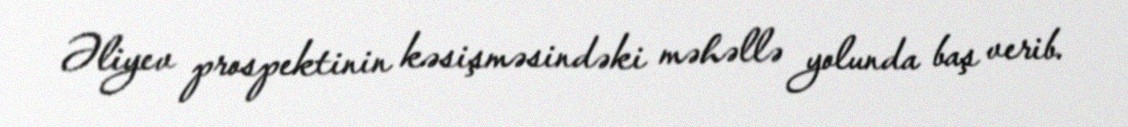
Əliyev prospektinin kəsişməsindəki məhəllə yolunda baş verib.